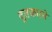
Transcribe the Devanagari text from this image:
दुतकारने